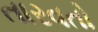
તારવતો